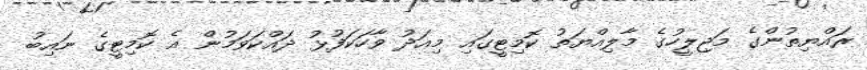
ރައްޔިތުންގެ މަޖިލީހުގެ މާލިއްޔަތު ކޮމިޓީގައި މިއަދު ވާހަކަފުޅު ދައްކަވަމުން އެ ކޮމިޓީގެ ނައިބު